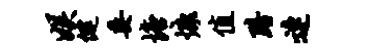
娱健委塘慷值黯连